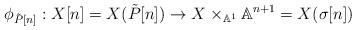
LaTeX: \begin{align*} \phi _{\tilde P[n]}:X[n] = X(\tilde P[n])\to X\times _{\mathbb A^1}\mathbb A^{n+1} = X(\sigma[n])\end{align*}